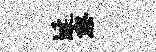
埏察